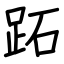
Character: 跖